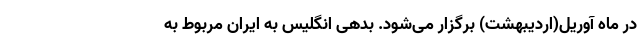
در ماه آوریل(اردیبهشت) برگزار می‌شود. بدهی انگلیس به ایران مربوط به